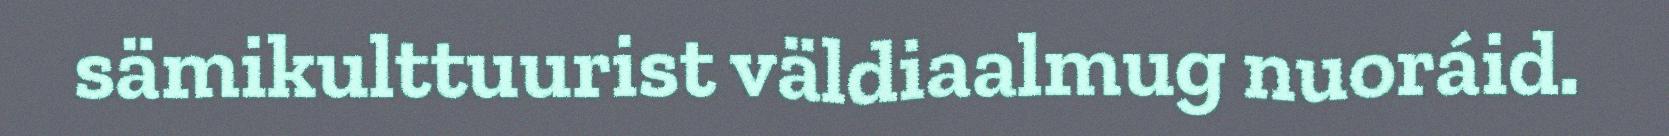
sämikulttuurist väldiaalmug nuoráid.